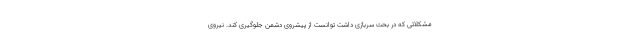
مشکلاتی که در بحث سربازی داشت توانست از پیشروی دشمن جلوگیری کند. نیروی